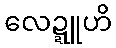
လေဍ္ဍူဟိ